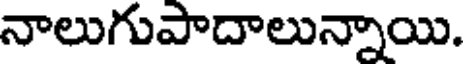
నాలుగుపాదాలున్నాయి.